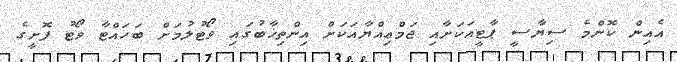
އެއިން ކޮންމެ ސިޔާސީ ޕާޓީއަކަށާއި ޖަމްޢިއްޔާއަކަށް އިންތިޚާބުގައި ވޯޓުލުމަށް ބަހައްޓާ ވޯޓު ފޮށީގެ